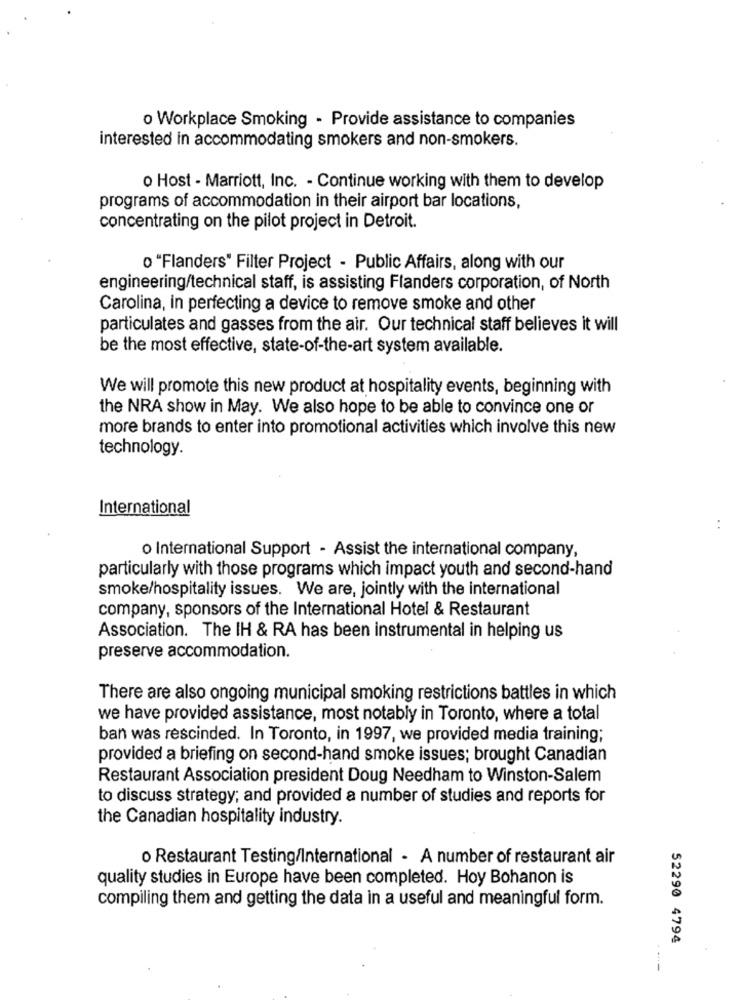
o Workplace Smoking - Provide assistance to companies
interested in accommodating smokers and non-smokers.
o Host - Marriott, Inc. - Continue working with them to develop
programs of accommodation in their airport bar locations,
concentrating on the pilot project in Detroit.
o "Flanders" Filter Project - Public Affairs, along with our
engineering/technical staff, is assisting Flanders corporation, of North
Carolina, in perfecting a device to remove smoke and other
particulates and gasses from the air. Our technical staff believes it will
be the most effective, state-of-the-art system available.
We will promote this new product at hospitality events, beginning with
the NRA show in May. We also hope to be able to convince one or
more brands to enter into promotional activities which involve this new
technology.
International
..
o International Support - Assist the international company,
particularly with those programs which impact youth and second-hand
smoke/hospitality issues. We are, jointly with the international
company, sponsors of the International Hotel & Restaurant
Association. The IH & RA has been instrumental in helping us
preserve accommodation.
There are also ongoing municipal smoking restrictions battles in which
we have provided assistance, most notably in Toronto, where a total
ban was rescinded. In Toronto, in 1997, we provided media training;
provided a briefing on second-hand smoke issues; brought Canadian
Restaurant Association president Doug Needham to Winston-Salem
to discuss strategy; and provided a number of studies and reports for
the Canadian hospitality industry.
o Restaurant Testing/International - A number of restaurant air
quality studies in Europe have been completed. Hoy Bohanon is
compiling them and getting the data in a useful and meaningful form.
52290 4794
----